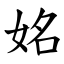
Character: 姳